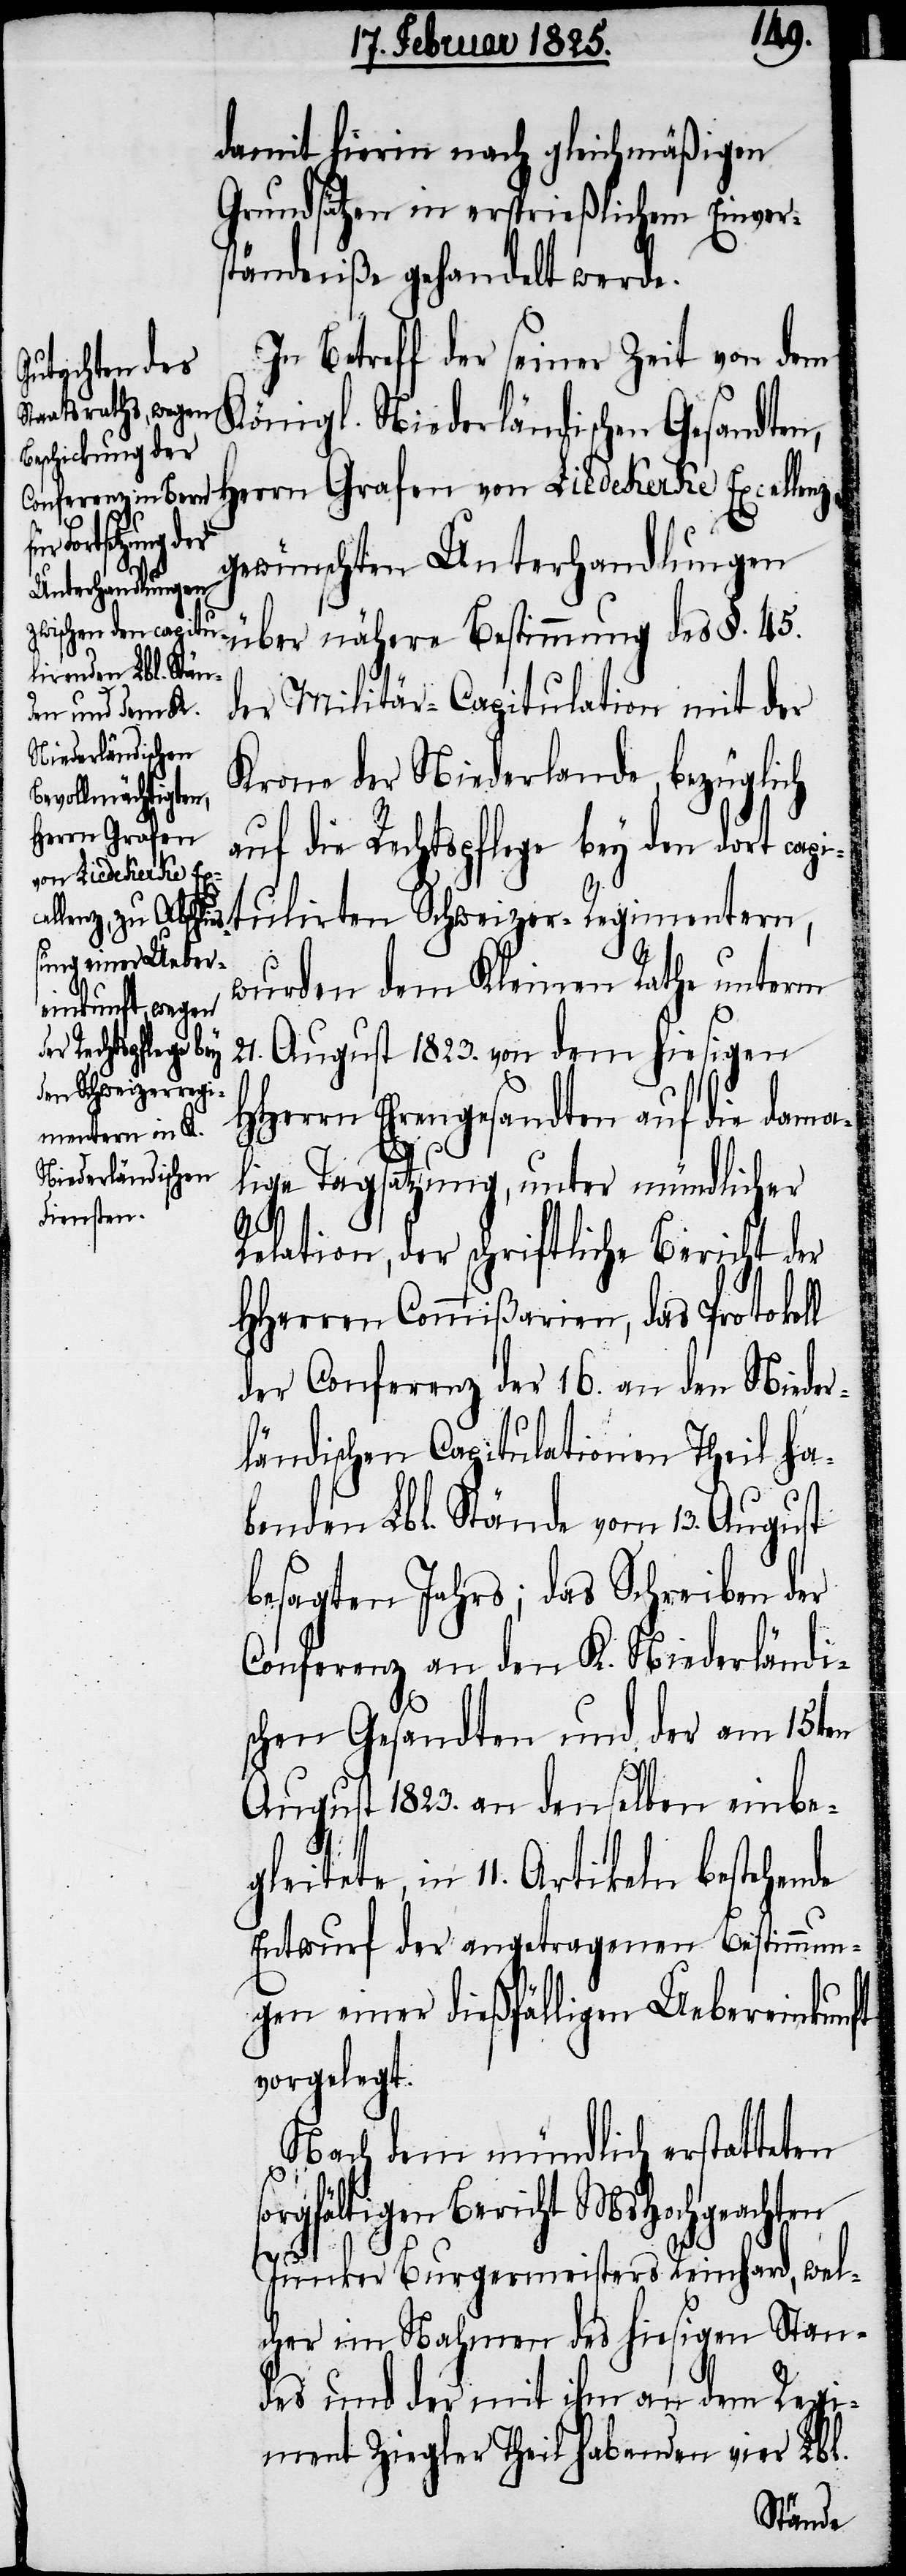
11.
damit hierin nach gleichmäßigen
Grundsätzen in ersprießlichem Einvers¬
tändniße gehandelt werde.
In Betreff der seiner Zeit von dem
Königl. Niederländischen Gesandten,
estimmung des
Herrn Grafen von Liedekerke Excellenz
estehende
gewünschten Unterhandlungen
§.
der Militär-Capitulation mit der
Krone der Niederlande, bezüglich
auf die Rechtspflege bey den dort capit¬
ulirten Schweizer-Regimentern,
wurden dem Kleinen Rathe unterm
über nähere B¬
21.
August 1823. von dem hiesigen
HHerrn Ehrengesandten auf die dama¬
lige Tagsatzung, unter mündlicher
Relation, der schriftliche Bericht der
HHerren Commißarien, das Protokoll
der Conferenz der 16. an den Nieder¬
ländischen Capitulationen Theil ha¬
benden Lbl. Stände vom 13. August
besagten Jahrs; das Schreiben der
Conferenz an den K. Niederländi¬
schen Gesandten und der am 15ten
August 1823. an denselben einbe¬
Entwurf der angetragenen Bestimmun¬
gen einer dießfälligen Uebereinkunft
vorgelegt.
Nach dem mündlich erstatteten
sorgfältigen Bericht MsHochgeachten
Junker Burgermeisters Reinhard, wel¬
cher im Nahmen des hiesigen Stan¬
des und der mit ihm an dem Regi¬
ment Ziegler Theil habenden vier Lbl.